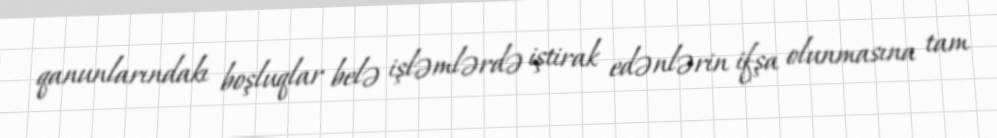
qanunlarındakı boşluqlar belə işləmlərdə iştirak edənlərin ifşa olunmasına tam